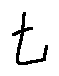
t